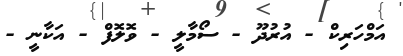
އަމްހަރިކް - އުރުދޫ - ސޯމާލީ - ވޮލޮފް - އަކާނީ -